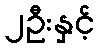
၂ဦးနှင့်